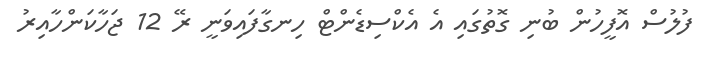
ފުލުސް އޮފީހުން ބުނި ގޮތުގައި އެ އެކްސިޑެންޓް ހިނގާފައިވަނީ ރޭ 12 ޖަހާކަންހާއިރު